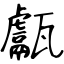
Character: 甗